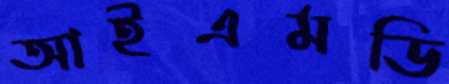
আইএমডি